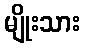
မျိုးသား